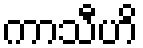
ကာသီဟိ